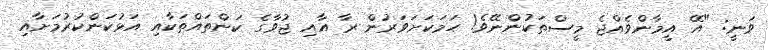
ވަނީ: "އޭ އީމާންވެއްޖެ މީސްތަކުންނޭވެ! ހަމަކަށަވަރުން ރާ އާއި ޖުވާގެ ކަންތައްތަކާއި އަޅުކަންކުރުމަށާއި